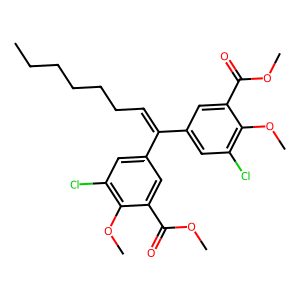
SMILES: CCCCCCC=C(c1cc(Cl)c(OC)c(C(=O)OC)c1)c1cc(Cl)c(OC)c(C(=O)OC)c1
Inhibits HIV replication: No